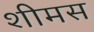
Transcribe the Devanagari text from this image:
शीमस